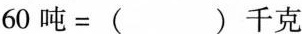
$$6 0 吨 = ( ) 千 克$$